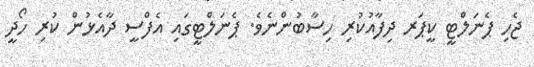
ޖެހި ޕެނަލްޓީ ކީޕަރ ދިފާއުކުރި ހިސާބުންނެވެ. ޕެނަލްޓީގައި އެފްސީ ދާއެޅުން ކުރި ހޯދީ